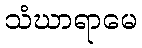
သံဃာရာမေ